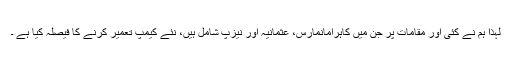
لہٰذا ہم نے کئی اور مقامات پر جن میں کاہرامانمارس، عثمانیہ اور نیزپ شامل ہیں، نئے کیمپ تعمیر کرنے کا فیصلہ کیا ہے ۔